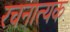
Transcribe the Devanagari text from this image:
रचनात्यक